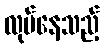
လုပ်နေသည့်